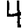
Digit: 4